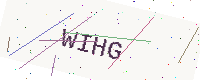
Text: WIHG